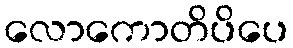
လောကောတိပိပေ